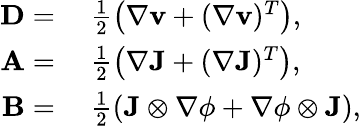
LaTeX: \begin{array}{rl}{\mathbf{D}=}&{~\frac{1}{2}\left(\nabla\mathbf{v}+(\nabla\mathbf{v})^{T}\right),}\\ {\mathbf{A}=}&{~\frac{1}{2}\left(\nabla\mathbf{J}+(\nabla\mathbf{J})^{T}\right),}\\ {\mathbf{B}=}&{~\frac{1}{2}\left(\mathbf{J}\otimes\nabla\phi+\nabla\phi\otimes\mathbf{J}\right),}\end{array}